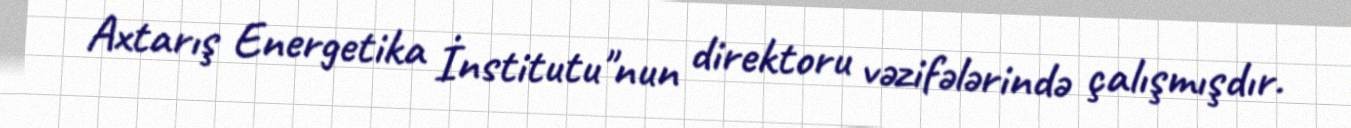
Axtarış Energetika İnstitutu"nun direktoru vəzifələrində çalışmışdır.